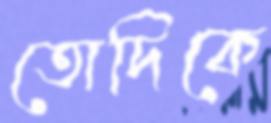
তোদিকে